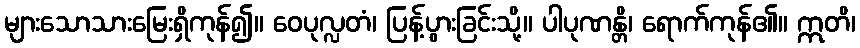
များသောသားမြေးရှိကုန်၍။ ဝေပုလ္လတံ၊ ပြန့်ပွားခြင်းသို့။ ပါပုဏန္တိ၊ ရောက်ကုန်၏။ ဣတိ၊